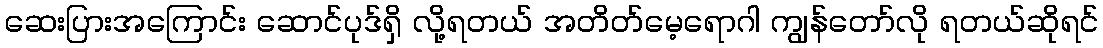
ဆေးပြားအကြောင်း ဆောင်ပုဒ်ရှိ လို့ရတယ် အတိတ်မေ့ရောဂါ ကျွန်တော်လို ရတယ်ဆိုရင်